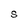
Character: S